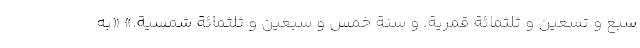
سبع و تسعین و ثلثمائة قمریة. و سنة خمس و سبعین و ثلثمائة شمسیة.» «به